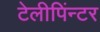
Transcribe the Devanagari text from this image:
टेलीपिंन्टर